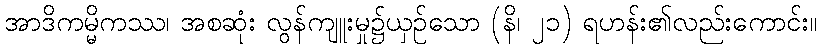
အာဒိကမ္မိကဿ၊ အစဆုံး လွန်ကျူးမှု၌ယှဉ်သော (နိ၊ ၂၁) ရဟန်း၏လည်းကောင်း။